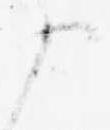
申